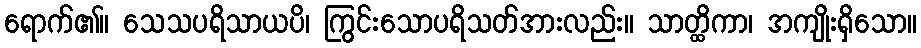
ရောက်၏။ သေသပရိသာယပိ၊ ကြွင်းသောပရိသတ်အားလည်း။ သာတ္ထိကာ၊ အကျိုးရှိသော။